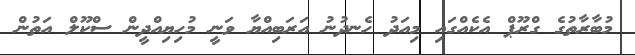
މުބާރާތުގެ ގްރޫޕް އެކެއްގައި މިއަދު ހެނދުނު އަރަބިއްޔާ ވަނީ މުހިޔިއްދީން ސްކޫލް އަތުން